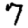
Digit: 7